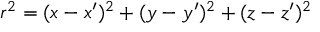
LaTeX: r ^ { 2 } = ( x - x ^ { \prime } ) ^ { 2 } + ( y - y ^ { \prime } ) ^ { 2 } + ( z - z ^ { \prime } ) ^ { 2 }